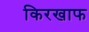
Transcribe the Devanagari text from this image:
किरखाफ